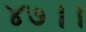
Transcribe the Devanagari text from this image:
४७।।